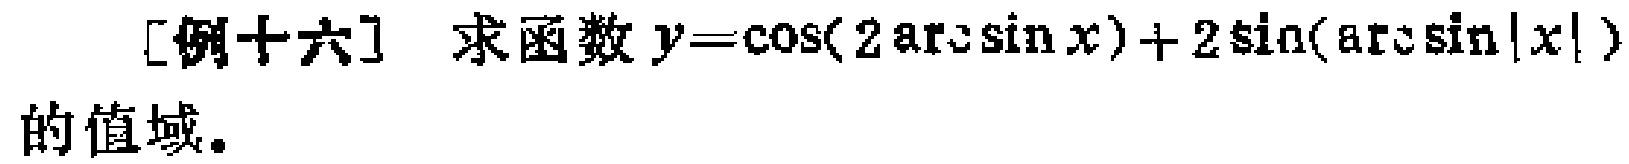
[例十六] 求函数 \(y = \cos(2\arcsin x)+2\sin(\arcsin|x|)\) 的值域。